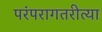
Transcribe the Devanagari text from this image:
परंपरागतरीत्या